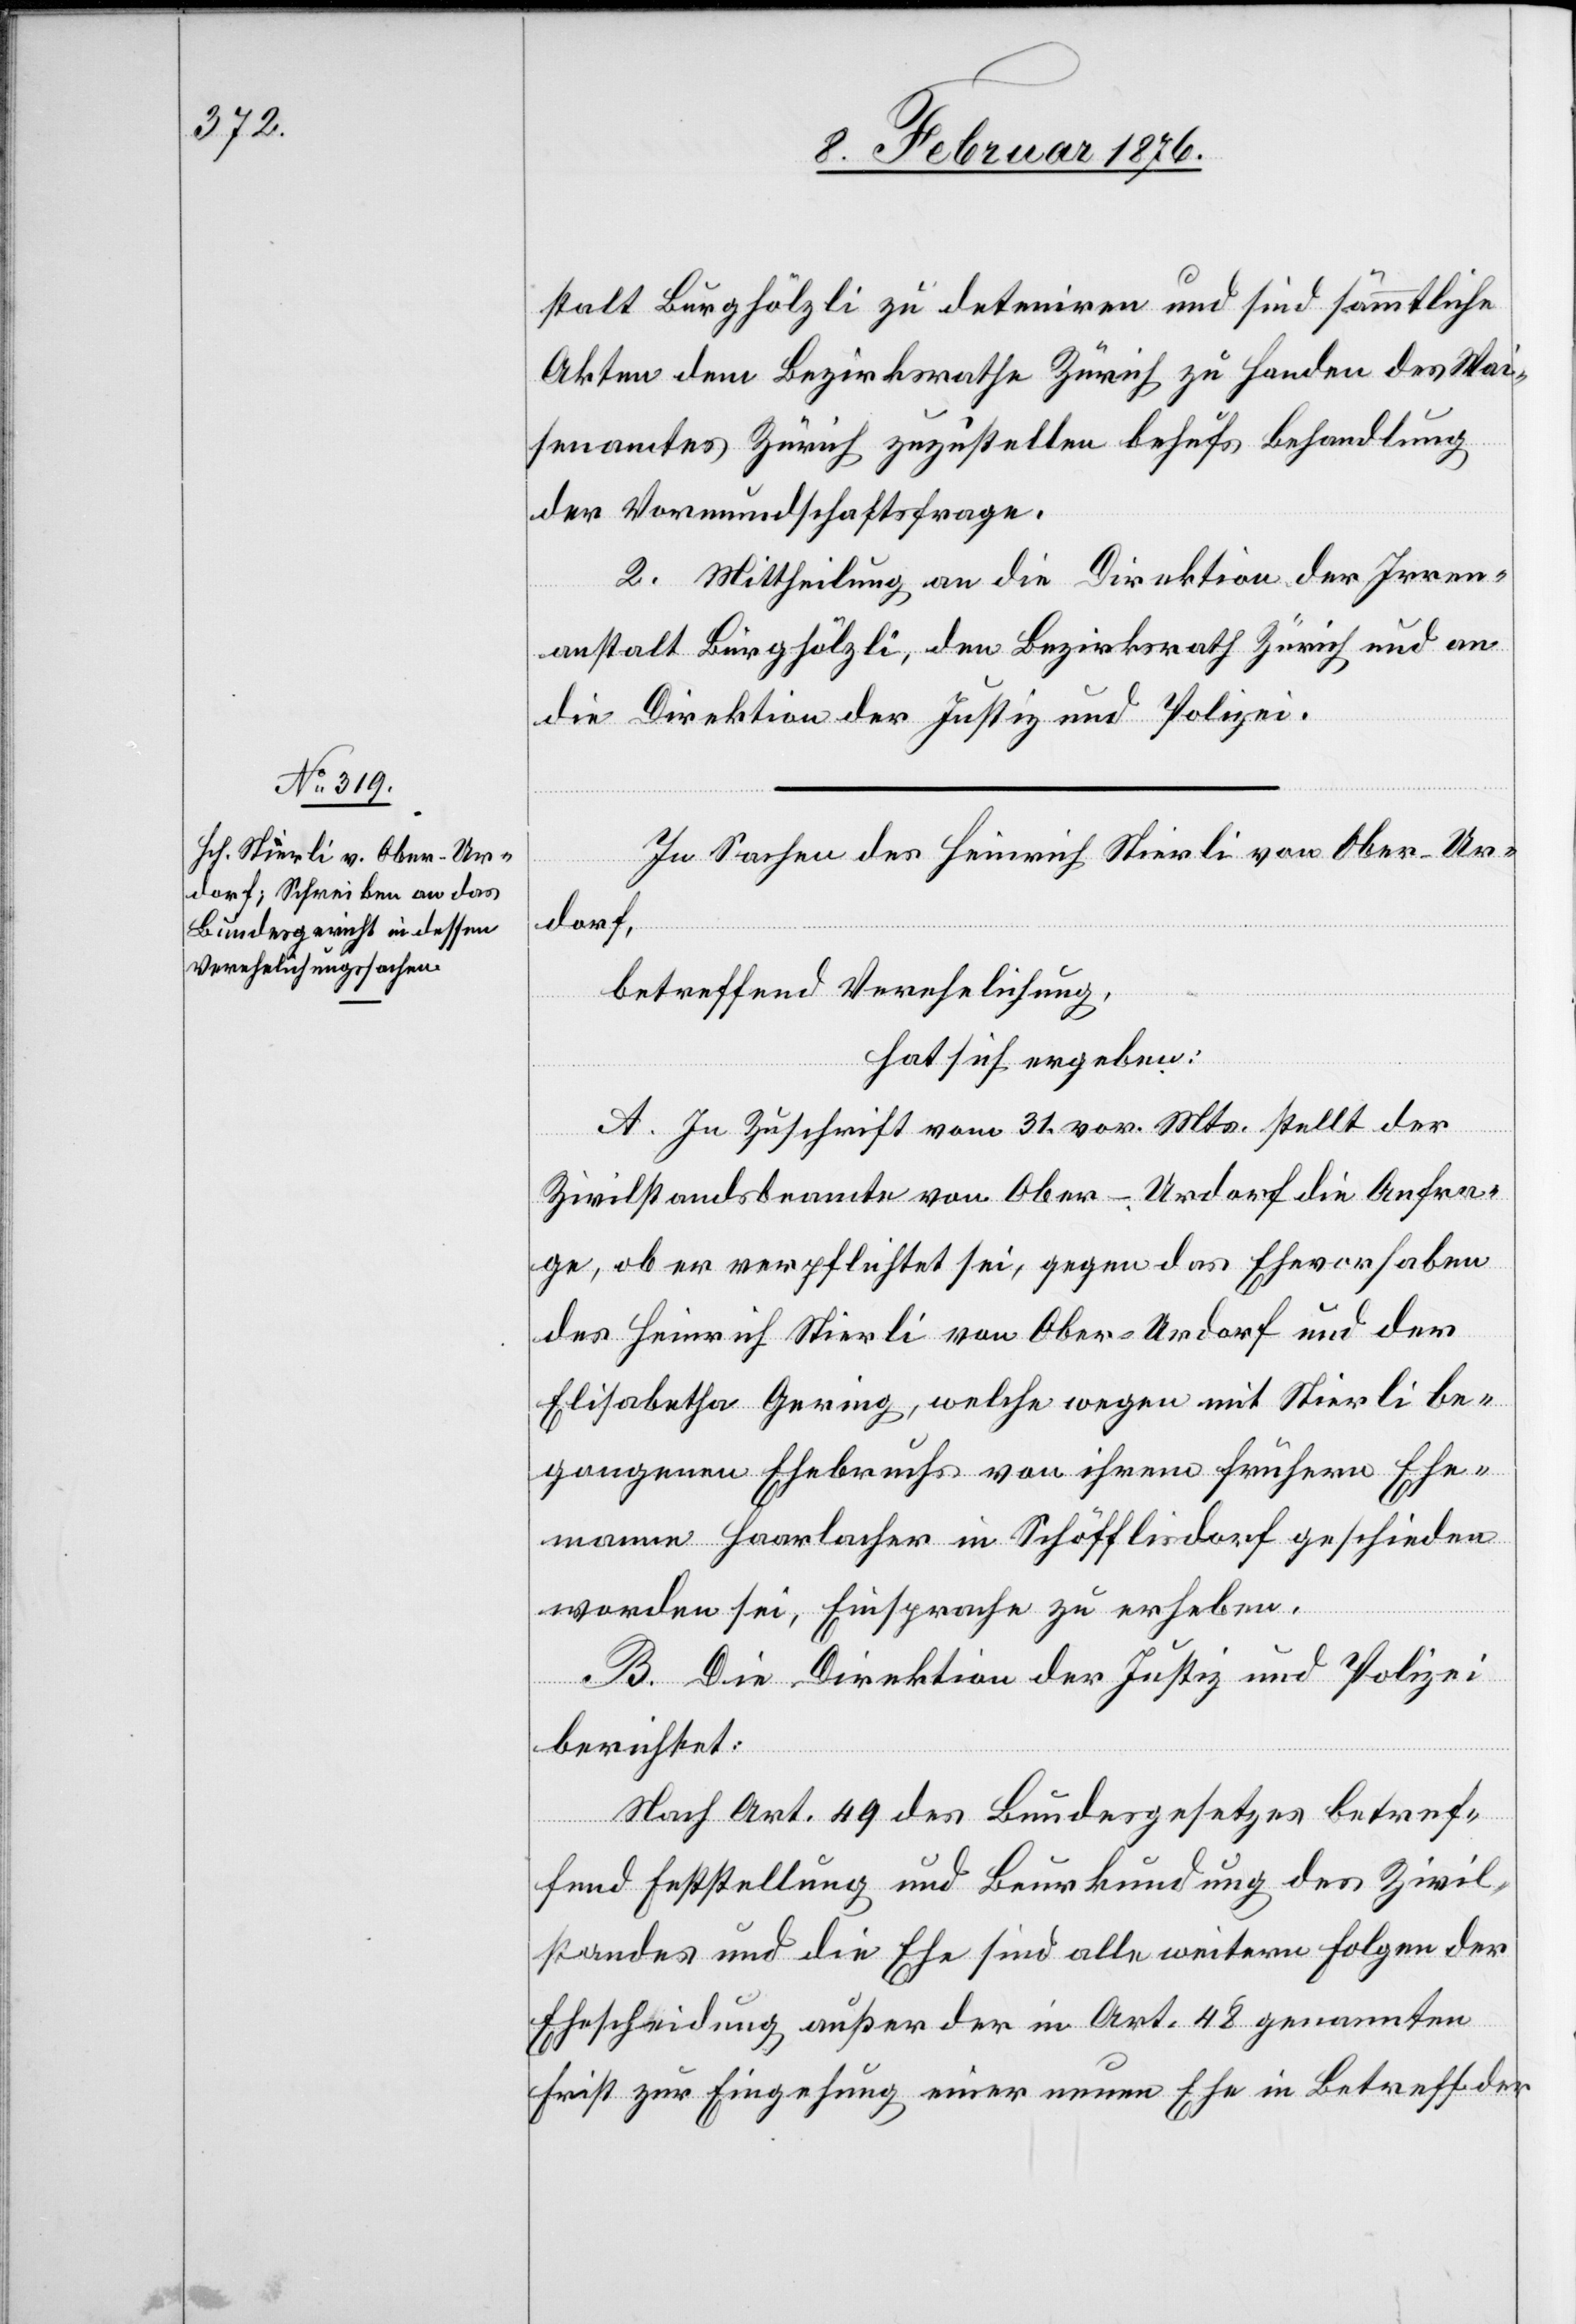
stalt Burghölzli zu deteniren und sind sämtliche
Akten dem Bezirksrathe Zürich zu Handen des Wai¬
senamtes Zürich zuzustellen behufs Behandlung
der Vormundschaftsfrage.
2. Mittheilung an die Direktion der Irren¬
anstalt Burghölzli, den Bezirksrath Zürich und an
die Direktion der Justiz und Polizei.
In Sachen des Heinrich Stierli von Ober-Ur¬
dorf,
betreffend Verehelichung,
hat sich ergeben:
A. in Zuschrift vom 31. vor. Mts. stellt der
Zivilstandsbeamte von Ober-Urdorf die Anfra¬
ge, ob er verpflichtet sei, gegen das Ehevorhaben
des Heinrich Stierli von Ober-Urdorf und der
Elisabetha Gering, welche wegen mit Stierli be¬
gangenen Ehebruchs von ihrem früheren Ehe¬
mann Haarlacher in Schöfflisdorf geschieden
worden sei, Einsprache zu erheben.
B. Die Direktion der Justiz und Polizei
berichtet:
Nach Art. 49 des Bundesgesetzes betref¬
fend Feststellung und Beurkundung des Zivil¬
standes und die Ehe sind alle weiteren Folgen der
Ehescheidung außer der in Art. 48 genannten
Frist zur Eingehung einer neuen Ehe in Betreff der